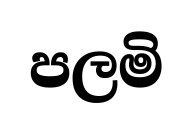
පලමි